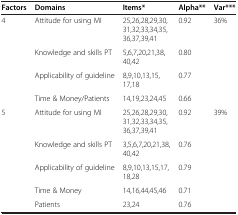
<table><thead><tr><td><b>Factors</b></td><td><b>Domains</b></td><td><b>Items*</b></td><td><b>Alpha**</b></td><td><b>Var***</b></td></tr></thead><tbody><tr><td rowspan="4">4</td><td>Attitude for using MI</td><td>25,26,28,29,30,31,32,33,34,35,36,37,39,41</td><td>0.92</td><td rowspan="4">36%</td></tr><tr><td>Knowledge and skills PT</td><td>5,6,7,20,21,38,40,42</td><td>0.80</td></tr><tr><td>Applicability of guideline</td><td>8,9,10,13,15,17,18</td><td>0.77</td></tr><tr><td>Time &amp; Money/Patients</td><td>14,19,23,24,45</td><td>0.66</td></tr><tr><td rowspan="5">5</td><td>Attitude for using MI</td><td>25,26,28,29,30,31,32,33,34,35,36,37,39,41</td><td>0.92</td><td rowspan="5">39%</td></tr><tr><td>Knowledge and skills PT</td><td>3,5,6,7,20,21,38,40,42</td><td>0.76</td></tr><tr><td>Applicability of guideline</td><td>8,9,10,13,15,17,18,28</td><td>0.79</td></tr><tr><td>Time &amp; Money</td><td>14,16,44,45,46</td><td>0.71</td></tr><tr><td>Patients</td><td>23,24</td><td>0.76</td></tr></tbody></table>